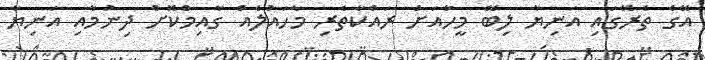
އޭގެ ތެރޭގައި އަނިޔާ ލިބޭ މީހާއަށް ރައްކާތެރި މާހައުލެއް ގާއިމްކޮށް ދިނުމާއި އަނިޔާ